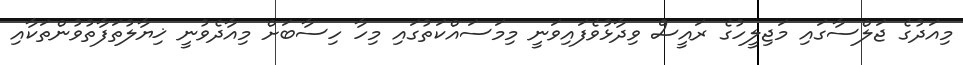
މިއަދުގެ ޖަލްސާގައި މަޖިލީހުގެ ރައީސް ވިދާޅުވެފައިވަނީ މިމަސައްކަތުގައި މިހާ ހިސާބަށް މިއާދެވުނީ ޚިޔާލުތަފާތުވުންތަކާއި